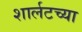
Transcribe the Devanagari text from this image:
शार्लटच्या